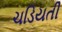
ચડિયતી